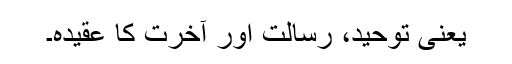
یعنی توحید، رسالت اور آخرت کا عقیدہ۔